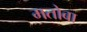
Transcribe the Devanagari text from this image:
मतोबा